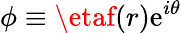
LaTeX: \phi\equiv\etaf(r)\mathrm{e}^{i\theta}